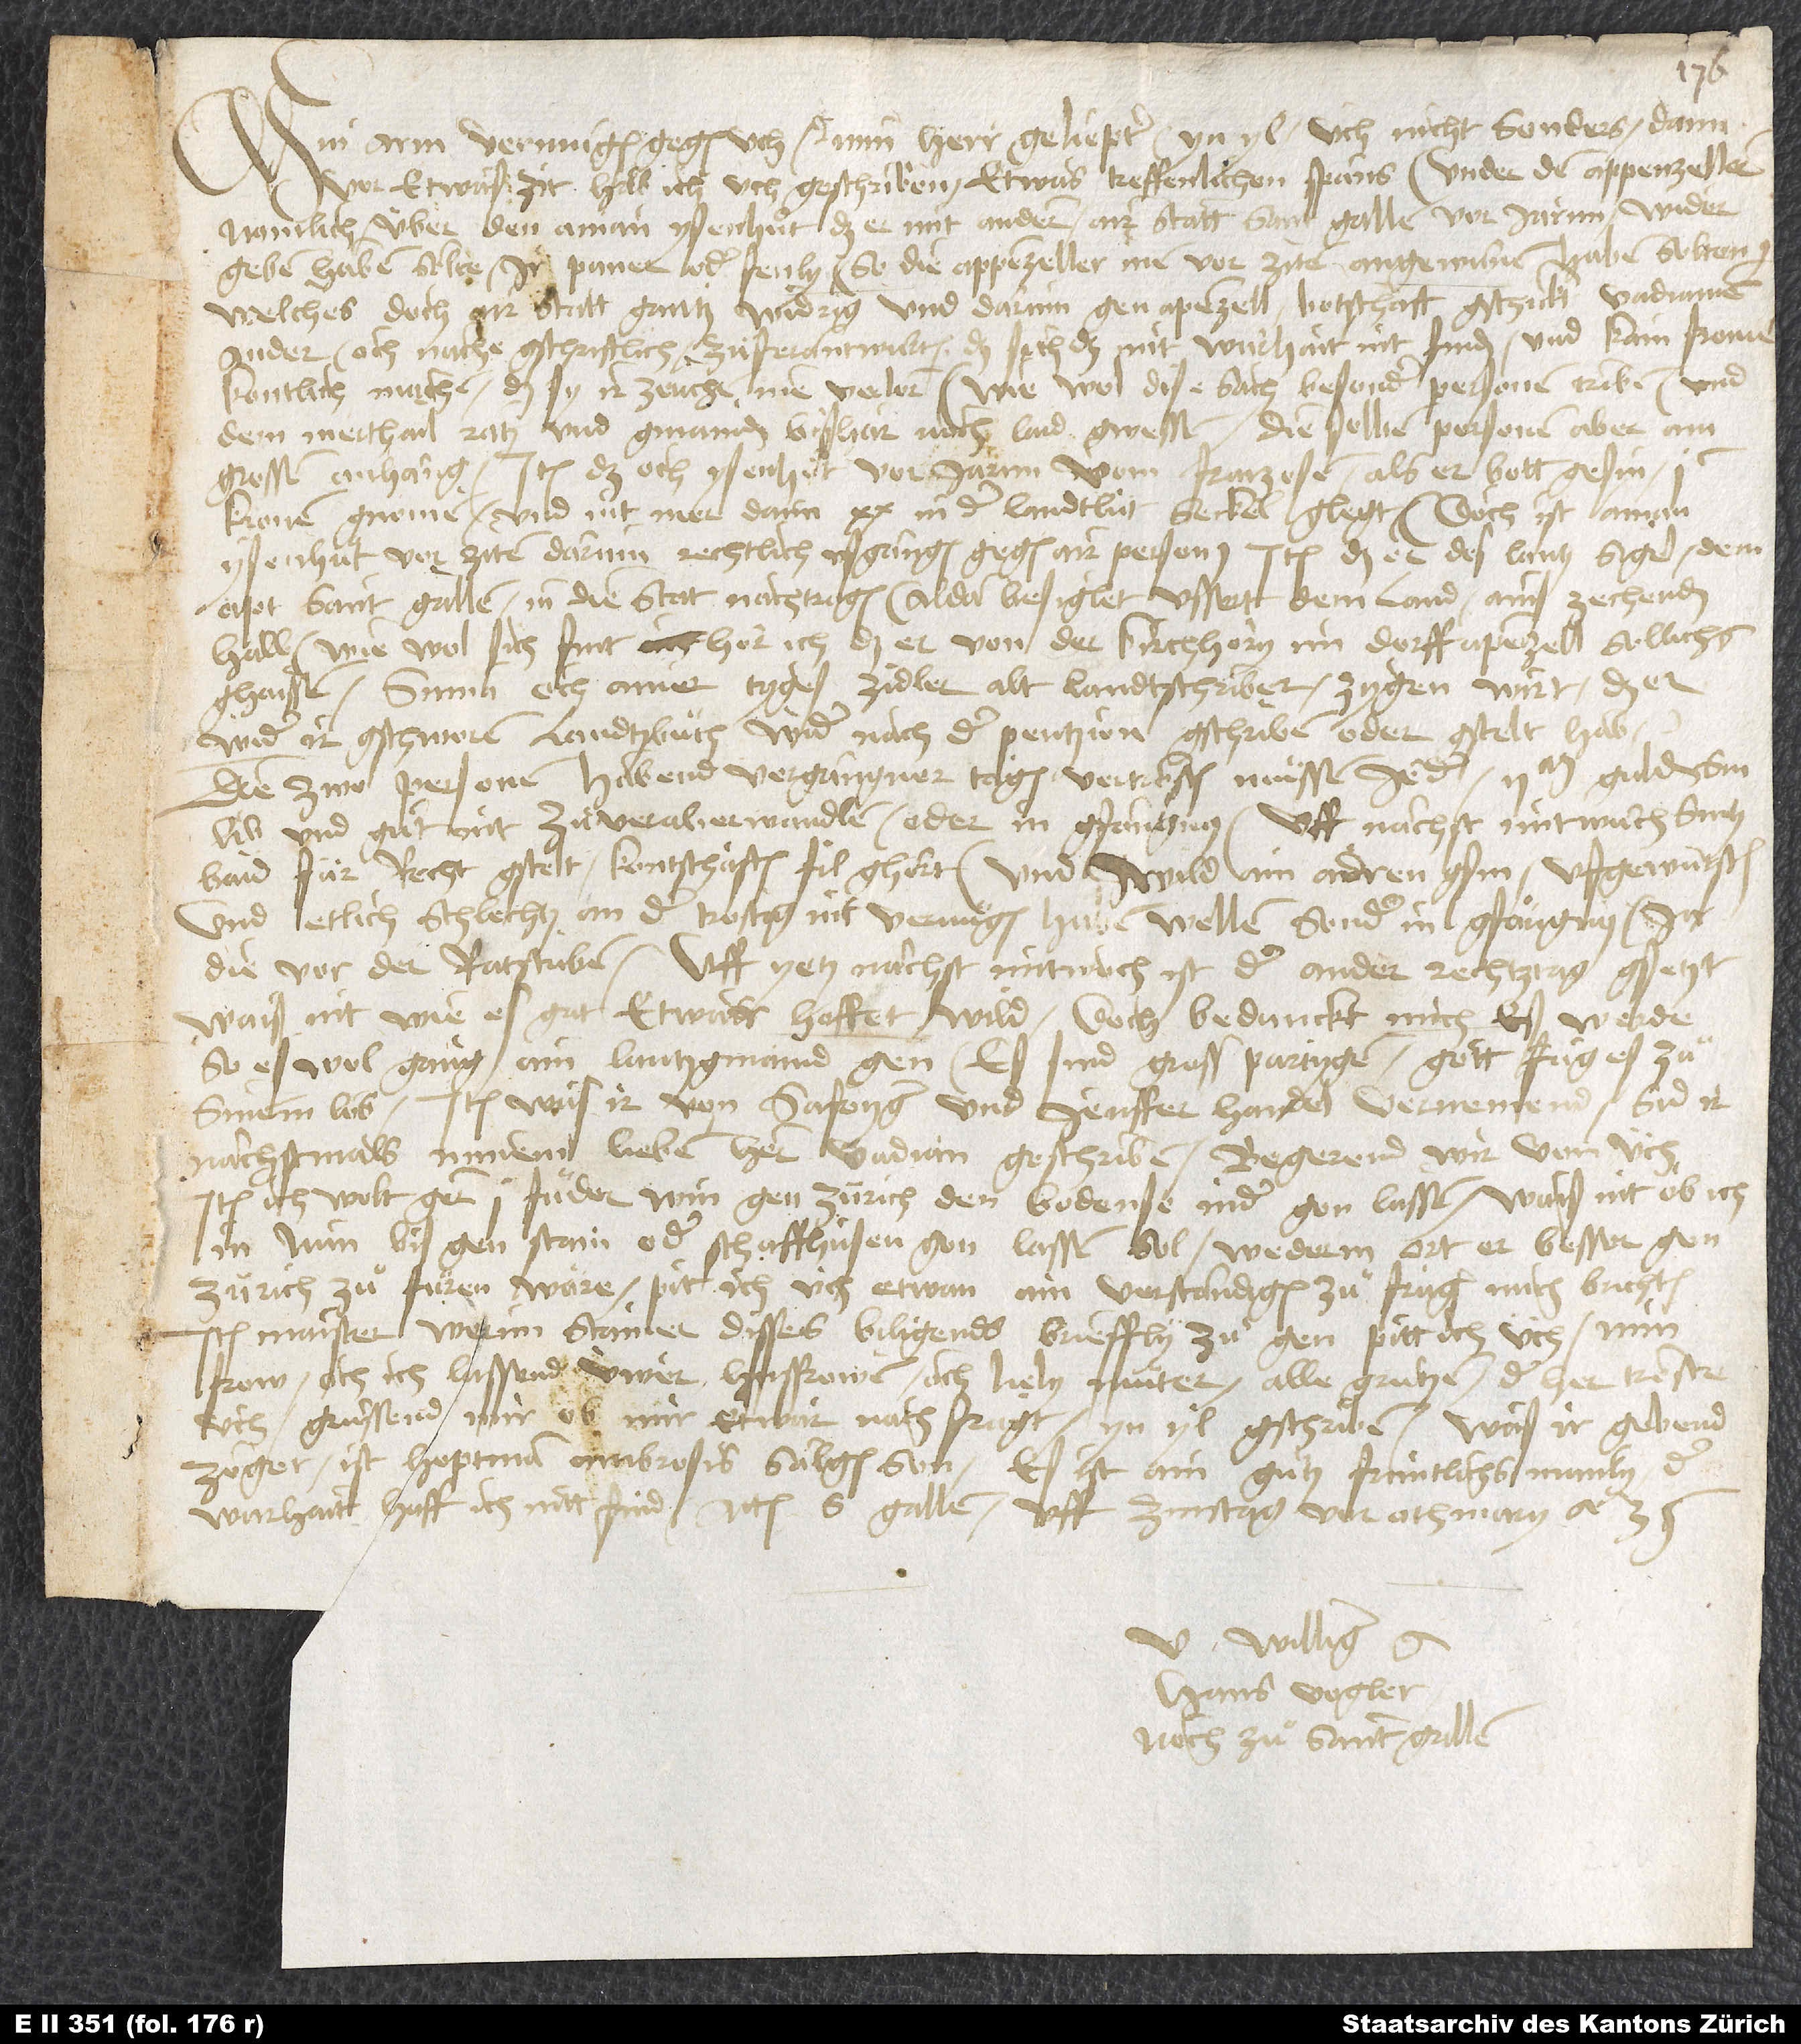
Min arm vermügen gegen uch etc. Min herr, geliepter, yn yl, üch nicht sonders. Dann
vor etwas zit hab ich uch geschriben etwas treffenlichen spans under den Appenzellern,
namlich über den aman Ysenhuͦt, daß er mit andern air statt Sant Gallen vor jarnn wider
geben haben solte ir paner oder fenly, so die Appenzeller inen vor ziten angewunen haben solten
Welches doch air statt gantz widrig und darum gen Apenzell botschaft gschickt, Vadianum,
ander, och nache gschriftlich zuͦ ferantwurten, daß sich das mit warhait nit finden und kain, fromer
kontlich machen, daß sy ir zaichen nie verlorn. Wie wol dise sach besonder personen triben und
dem merthail ratz und gmainden bishar noch laid gwessen, die selben personen aber ain
grossen anhang. Item daß och Ysenhuͦt vor jarnn vom Franzosen, als er bott gesin, 100
kronen gnomen und nit mer dann 20 in der landlüt seckel glegt. (Doch ist aman
Ysenhuͦt vor ziten darum rechtlich usgangen gegen air person.) Item daß er des lantz sigel dem
apt Sant Gallen in die stat nachtragen, alda besiglet ussert dem land ains zechenden
halb, wie wol sich fint, hör ich, daß er von der kirchhöry im dorff Apenzell sellichs
ghaissen. Suma: och ainer, Tyges Zidler, alt landschriber, zygen wirt, daß er
wider ir gschworen landtzbuch wider nach der pentzion gschriben oder gstelt hab.
Die zwo personen habend vergangner tagen vertrösten muͤssen jeder 2000 gulden,
lib und guͦt nit zuͦ veraberwandlen, oder in gfangnus. Uff nächst mitzwuch sintz
baid für recht gstelt, kontschaften fil ghört, und wild ain andren gsin, ufgewütschen,
und etlich schlechtz an der trostig nit verneigen haben wellen, sonder in gfängnus, ja
die vor der ratstuben. Uff yetz nächst mitwuch ist der ander rechtztag gsetzt;
wais nit, wie es gat. Etwar hoffet wild. Doch bedunckt mich, es werde,
so es wol gang, ain lantzgmaind gen. Es sind gross partygen. Gott fuͤg es zuͦ
sinem lob. Item was ir von Safoyger und Jenffer handel vememend, sid ir
nächstmals minem lieben hern Vadian geschriben, begerend wir von üch.
Item ich wolt gern 1 fuͦder win gen Zürich den Bodense nider gon lassen. Wais nit, ob ich
in nun bis gen Stain oder Schaffhusen gon lassen sol, wederm ort er besser gen
Zürich zuͦ füren wäre; pit ich üch, etwan ain verständigen zuͦ fragen, mich brichten.
Item Maister Wernn Stainer disses biligends brieffly zuͦ gen pitt ich üch. Min
frow, och ich, lassend üwer husfrowen, och lieby muͦter, alle grutzen. Der her tröste
üch. Grüssend mir, ob mir etwar nachfragt. Yn yl gschriben. Was ir gebend
zöger, ist hoptman Ambrosis sälgen son; es ist ain guͦtz, früntlichs manly, der
warhaitt, hoff ich, nitt find. Actum S. Gallen, uff zinstag vor Othmary anno
35.
U williger
Hans Vogler,
noch zuͦ Sant Gallen.